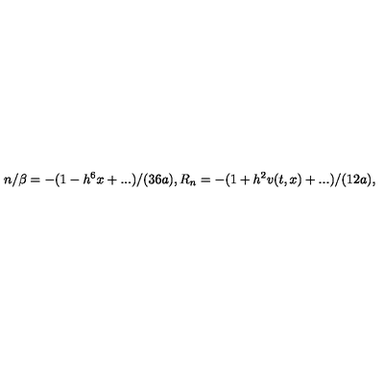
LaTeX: n / \beta = - ( 1 - h ^ { 6 } x + . . . ) / ( 3 6 a ) , R _ { n } = - ( 1 + h ^ { 2 } v ( t , x ) + . . . ) / ( 1 2 a ) ,